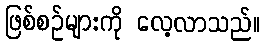
ဖြစ်စဉ်များကို လေ့လာသည်။